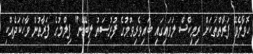
ހޮވާލެވޭ ފަރާތްތަކަށް ރިމިކްސް ލަވައިގައި ބައިވެރިވުމުގެ ފުރުސަތު ލިބޭނެ" ފިލްމުގެ ފަރާތުން ވާހަކަދެއްކި